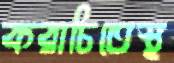
করাচিতেস্থ